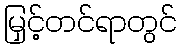
မြှင့်တင်ရာတွင်